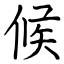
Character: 候